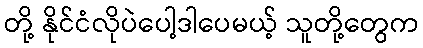
တို့ နိုင်ငံလိုပဲပေါ့ဒါပေမယ့် သူတို့တွေက